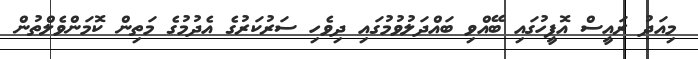
މިއަދު ރައީސް އޮފީހުގައި ބޭއްވި ބައްދަލުވުމުގައި ދިވެހި ސަރުކަރުގެ އެދުމުގެ މަތިން ކޮމަންވެލްތުން